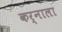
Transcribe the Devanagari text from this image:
कर्नाला